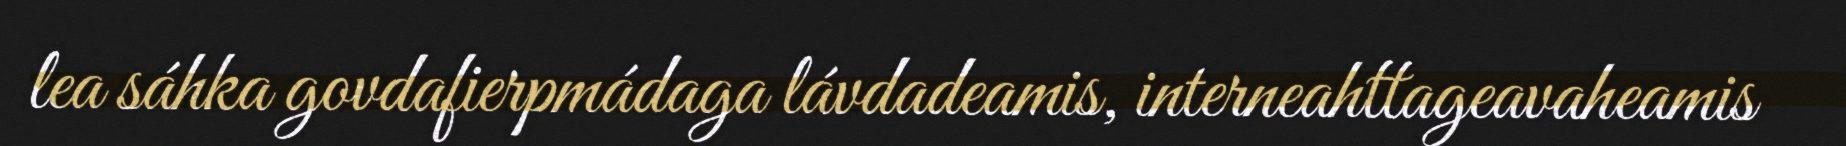
lea sáhka govdafierpmádaga lávdadeamis, interneahttageavaheamis